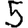
Digit: 5